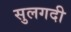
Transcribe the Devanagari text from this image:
सुलगदी